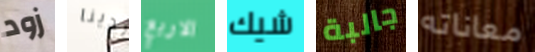
زود لدينا الاربع شيك جالبة معاناته